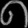
Digit: ၈